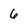
Character: 6